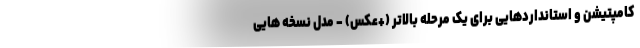
کامپتیشن و استانداردهایی برای یک مرحله بالاتر (+عکس) - مدل نسخه هایی